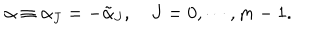
\alpha \equiv \alpha _ { J } = - \tilde { \alpha } _ { J } , \quad J = 0 , \cdots , m - 1 .